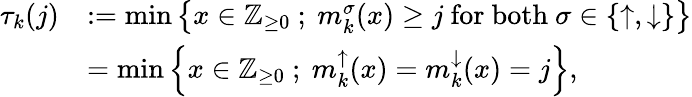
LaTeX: \begin{array}{rl}{\tau_{k}(j)}&{:=\operatorname*{min}\left\{ x\in{\mathbb{Z}}_{\ge 0}\ ;\ m_{k}^{\sigma}(x)\ge j\ \mathrm{for~both}\ \sigma\in\left\{ \uparrow,\downarrow\right\} \right\} }\\ &{=\operatorname*{min}\left\{ x\in{\mathbb{Z}}_{\ge 0}\ ;\ m_{k}^{\uparrow}(x)=m_{k}^{\downarrow}(x)=j\right\} ,}\end{array}